Report on horse surra - Volume I
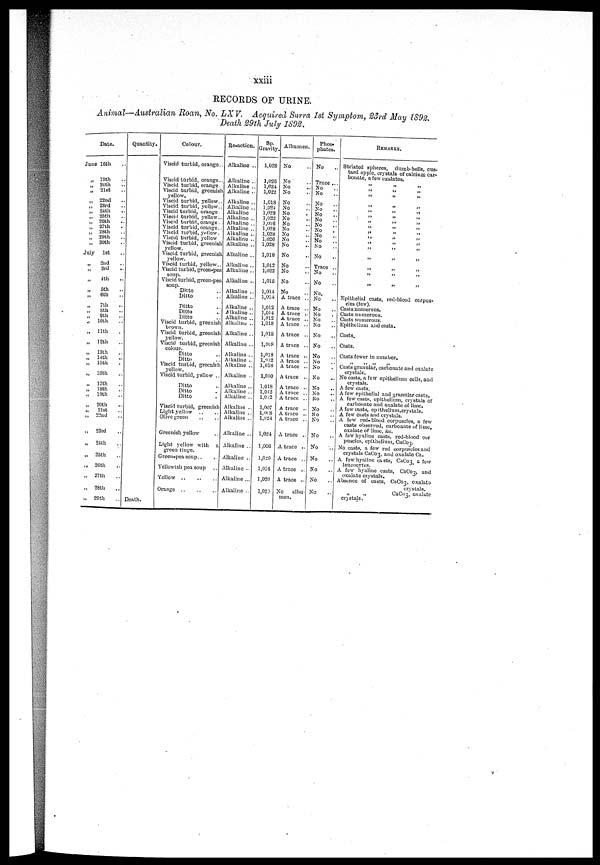
xxiii
RECORDS OF URINE.
Animal—Australian Roan, No. LXV. Acquired Surra 1st Symptom , 23rd May 1892.
Death 29th July 1892.
Date.
June 16th ..
„ 19th ..
20th ..
„
21st ..
„
22nd ..
.. 23rd ..
„
24th ..
„
25th ..
„
26th ..
„
27th ..
„
28th ..
„ 29th ..
„
30th ..
July
1st ..
„
2nd ..
„
3rd ..
„
4th ..
„
5th ..
„
6th ..
„
7th ..
„ 8th ..
„
9th ..
.,
10th ..
„
11th ..
„
12th ..
„
13th ..
„
14th ..
„ 15th ..
„
16th ..
„
17th ..
„
18th ..
„
19th ..
„
20th ..
„
21st ..
„
22nd ..
„
23rd ..
„
24th ..
„
25th ..
„
26th ..
„
27th ..
„
28th ..
.,
29th ..
Quantity.
Death.
Colour.
Viscid turbid, orange..
Viscid turbid, orange..
Viscid turbid, orange.
Viscid turbid, greenish
yellow.
Viscid turbid, yellow..
Viscid turbid, yellow..
Viscid turbid, orange
Viscid turbid, yellow...
Viscid turbid, orange.
Viscid turbid, orange..
Viscid turbid, yellow.
Viscid turbid, yellow
Viscid turbid, greenish
yellow.
Viscid turbid, greenish
yellow.
Viscid turbid, yellow..
Viscid turbid, green-pea
soup.
Viscid turbid, green-pea
soup.
Ditto ..
Ditto ..
Ditto ..
Ditto ..
Ditto ..
Viscid turbid, greenish
brown.
Viscid turbid, greenish
yellow.
Viscid turbid, greenish
colour.
Ditto ..
Ditto ..
Viscid turbid, greenish
yellow.
Viscid turbid, yellow ..
Ditto ..
Ditto ..
Ditto ..
Viscid turbid, greenish
Light yellow
.. ..
Olive green .. ..
Greenish yellow ..
Light yellow with
a
green tinge.
Green-pea soup .. ..
Yellowish pea soup ..
Yellow
..
..
..
Orange
..
..
..
Re-action.
Alkaline ..
Alkaline ..
Alkaline ..
Alkaline ..
Alkaline ..
Alkaline ..
Alkaline
Alkaline ..
Alkaline ..
Alkaline ..
Alkaline ..
Alkaline ..
Alkaline ..
Alkaline ..
Alkaline ..
Alkaline ..
Alkaline ..
Alkaline ..
Alkaline ..
Alkaline ..
Alkaline ..
Alkaline ..
Alkaline ..
Alkaline ..
Alkaline ..
Alkaline...
Alkaline ..
Alkaline ..
Alkaline ..
Alkaline ...
Alkaline ..
Alkaline ..
Alkaline ..
Alkaline ..
Alkaline ..
Alkaline ..
Alkaline ..
Alkaline ..
Alkaline ..
Alkaline ..
Alkaline ..
Sp.
Gravity.
1,028
1,026
1,024
1,022
1,018
1,024
1,028
1,022
1,026
1,028
1,028
1,026
1,028
1,018
1,012
1,022
1,015
1,014
1,014
1,012
1,014
1,012
1,018
1,018
1,068
1,018
1,012
1,018
1,010
1,018
1,012
1,012
1,007
l,068
1,024
1,024
1,006
1,020
1,016
1,020
1,020
Albumen.
No
No
No
No
No
No
No
No
No
No
No
No
No
No
No
No
No
No
A trace ..
A trace ..
A trace ..
A trace ..
A trace ..
A trace ..
A trace ..
A trace ..
A trace ..
A trace ..
A trace ..
A trace ..
A trace ..
A trace ..
A trace ..
A trace ..
A trace ..
A trace ..
A trace ..
A trace ..
A trace ..
A trace ..
No
albu-
men.
Phos¬
phates.
No
Trace ...
No ..
No ..
No ..
No ..
No ..
No ..
No ..
No ..
No ..
No ..
No ..
No ..
Trace ..
No ..
No ..
No ..
No ..
No ..
No ..
No ..
No ..
No ..
No ..
No ..
No ..
No ..
No ..
No ..
No ..
No ..
No ..
No ..
No ..
No ..
No ..
No ..
No ..
No ..
No ..
REMARKS.
Striated spheres, dumb-bells, cus-
tard apple, crystals of calcium car-
bonate, a few oxalates.
„ „ „
„ „ „ „
„ „ „
„ „ „
„ „ „
„ „ „
„ „ „
„ „ „
„ „ „
„ „ „
„ „ „
„ „ „
„ „ „
„ „ „
„ „ „
„ „ „
Epithelial easts, red-blood corpus-
cles (few).
Casts numerous.
Casts numerous.
Casts numerous.
Epithelium and casts.
Casts.
Casts.
Casts fewer in number.
„ „ „ „
Casts granular, carbonate and oxalate
crystals.
No casts, a few epithelium cells, and
crystals.
A few casts.
A few epithelial and granular casts.
A few casts, epithelium, crystals of
carbonate and oxalate of lime.
A few easts, epithelium,crystals.
A few casts and crystals.
A few red-blood corpuscles, a few
easts observed, carbonate of lime,
oxalate of lime, &e.
A few hyaline casts, red-blood cor
puscles, epithelium, CaCo3.
No easts, a few red corpuscles and
crystals CaCo3, and oxalate Ca.
A few hyaline ca sts, CaCo3 a few
leucocytes.
A few hyaline casts, CaCo3, and
oxalate crystals.
Absence of casts, CaCo3, oxalate
crystals.
„
„
CaCo3, oxalate
crystals.